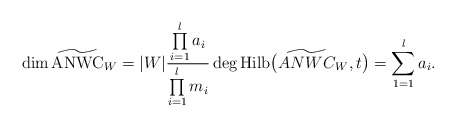
\begin{gather*}\dim \widetilde {\rm ANWC}_{W}=|W|{\prod\limits_{i=1}^{l}a_i \over\prod\limits_{i=1}^{l} m_{i}} \deg {\rm Hilb}\big(\widetilde {ANWC}_{W},t\big)=\sum\limits_{1=1}^{l}a_{i}.\end{gather*}